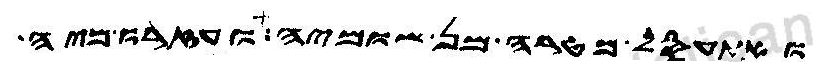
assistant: ואתעסל מטרה מן שומיה ועזרו מיה